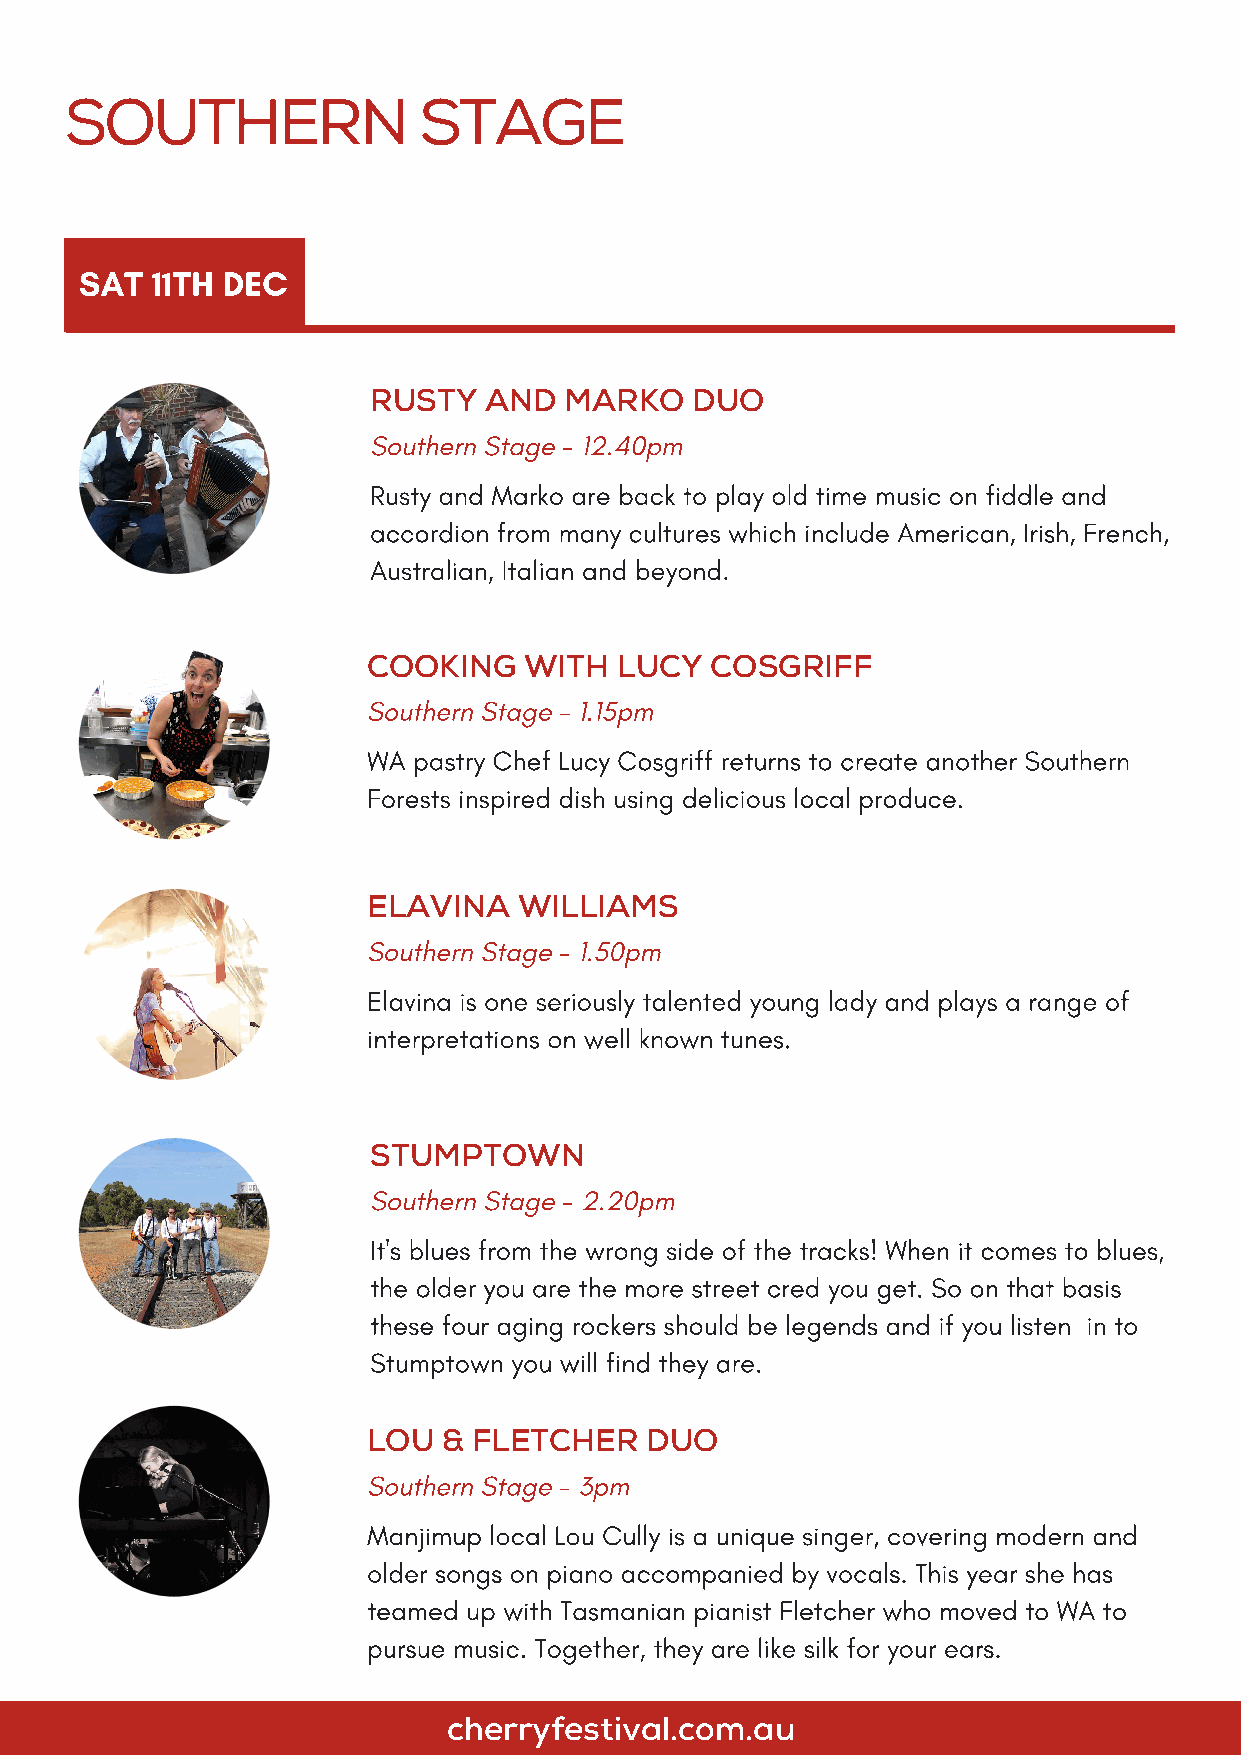
SOUTHERN                STAGE
 SAT  11TH DEC
 RUSTY   AND  MARKO    DUO
 Southern Stage - 12.40pm
 Rusty and Marko are back to play old time music on fiddle and
 accordion from many cultures which include American, Irish, French,
 Australian, Italian and beyond.
 COOKING    WITH  LUCY  COSGRIFF
 Southern Stage - 1.15pm
 WA pastry Chef Lucy Cosgriff returns to create another Southern
 Forests inspired dish using delicious local produce.
 ELAVINA   WILLIAMS
 Southern Stage - 1.50pm
 Elavina is one seriously talented young lady and plays a range of
 interpretations on well known tunes.
 STUMPTOWN
 Southern Stage - 2.20pm
 It's blues from the wrong side of the tracks! When it comes to blues,
 the older you are the more street cred you get. So on that basis
 these four aging rockers should be legends and if you listen in to
 Stumptown you will find they are.
 LOU  & FLETCHER    DUO
 Southern Stage - 3pm
 Manjimup local Lou Cully is a unique singer, covering modern and
 older songs on piano accompanied by vocals. This year she has
 teamed up with Tasmanian pianist Fletcher who moved to WA to
 pursue music. Together, they are like silk for your ears.
 cherryfestival.com.au